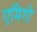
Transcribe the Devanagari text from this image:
एमिगो